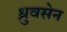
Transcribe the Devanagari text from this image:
ध्रुवसेन